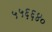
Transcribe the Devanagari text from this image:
५५६६४०